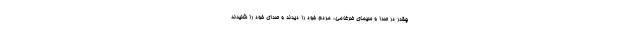
چقدر در صدا و سیمای ضرغامی، مردم خود را دیدند و صدای خود را شنیدند